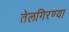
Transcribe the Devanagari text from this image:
तेलगिरण्या